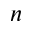
n